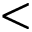
<